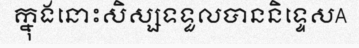
ក្នុងនោះសិស្សទទួលបាននិទ្ទេសA